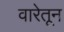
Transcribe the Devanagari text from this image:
वारेतून